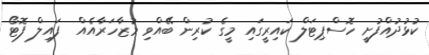
ކުޅުދުއްފުށީ ހޮސްޕިޓަލް ކައިރީގައި މީގެ ކުރިން ބޭއްވި މުޒާހަރާއެއް  ފައިލް ފޮޓޯ